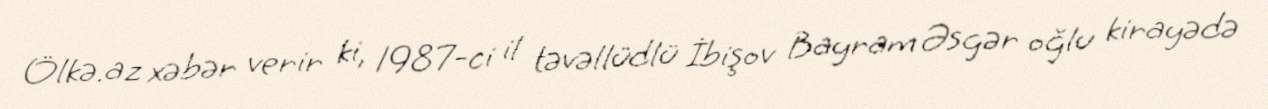
Ölkə.az xəbər verir ki, 1987-ci il təvəllüdlü İbişov Bayram Əsgər oğlu kirayədə